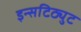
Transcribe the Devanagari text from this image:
इन्सटिठ्युट